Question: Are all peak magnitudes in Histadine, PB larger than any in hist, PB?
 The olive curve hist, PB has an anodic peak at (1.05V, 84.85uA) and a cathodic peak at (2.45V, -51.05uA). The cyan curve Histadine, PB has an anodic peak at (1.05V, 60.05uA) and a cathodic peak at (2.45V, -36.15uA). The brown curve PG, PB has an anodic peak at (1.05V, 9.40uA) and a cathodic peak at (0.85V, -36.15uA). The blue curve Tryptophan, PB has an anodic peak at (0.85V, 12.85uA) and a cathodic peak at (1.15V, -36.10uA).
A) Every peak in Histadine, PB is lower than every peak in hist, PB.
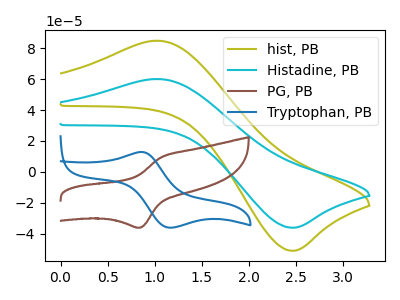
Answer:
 <answer>A) Every peak in "Histadine, PB" is lower than every peak in "hist, PB".</answer>
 <eval>A</eval>